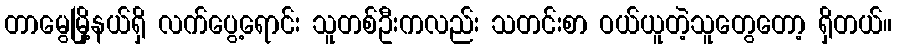
တာမွေမြို့နယ်ရှိ လက်ပွေ့ရောင်း သူတစ်ဦးကလည်း သတင်းစာ ဝယ်ယူတဲ့သူတွေတော့ ရှိတယ်။